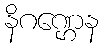
နိဂဏ္ဌေန